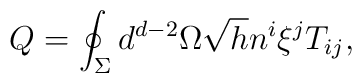
Q=\oint_{\Sigma }d^{d-2}\Omega \sqrt{h}n^{i}\xi ^{j}T_{ij},